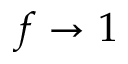
f \rightarrow 1